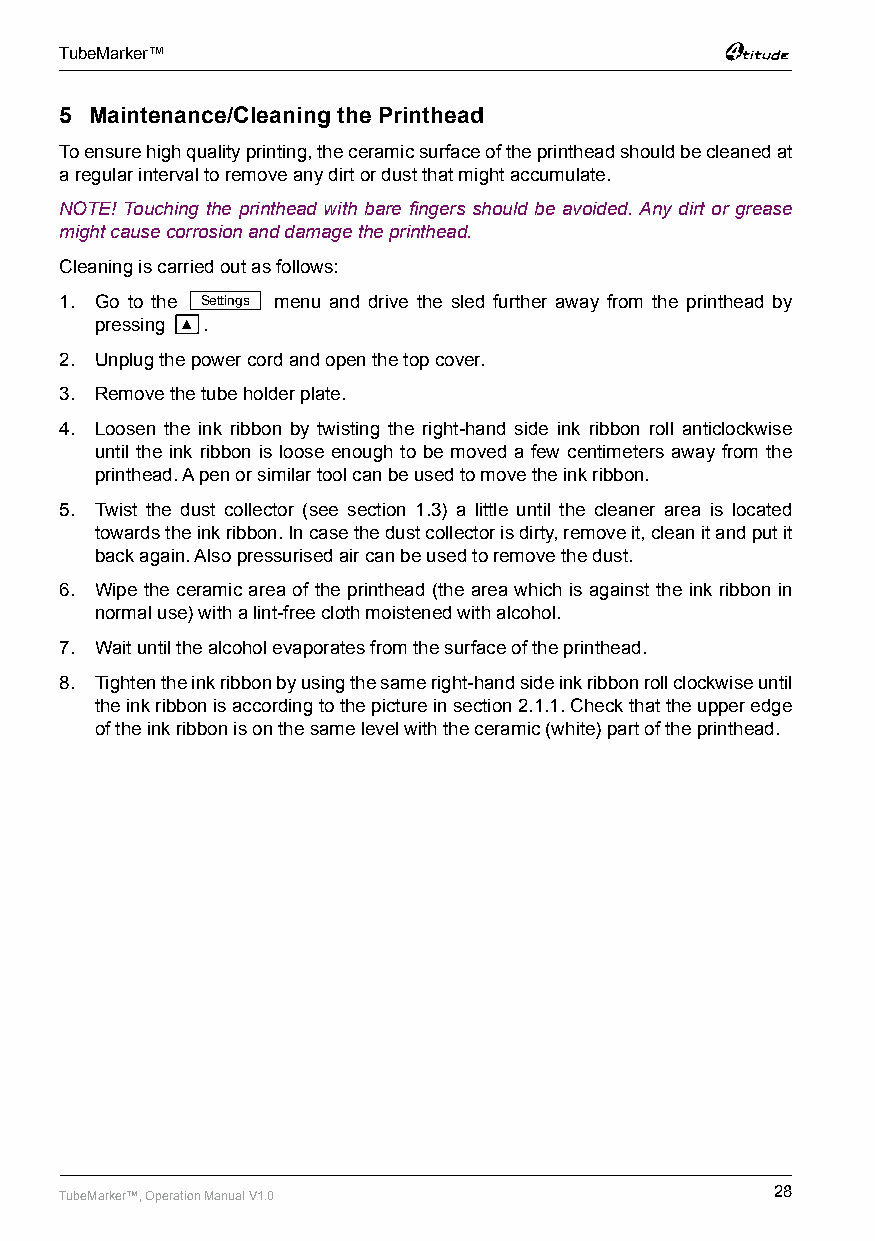
TubeMarker™
 5 Maintenance/Cleaning the Printhead
 To ensure high quality printing, the ceramic surface of the printhead should be cleaned at
 a regular interval to remove any dirt or dust that might accumulate.
 NOTE! Touching the printhead with bare fingers should be avoided. Any dirt or grease
 might cause corrosion and damage the printhead.
 Cleaning is carried out as follows:
 1. Go to the Settings menu and drive the sled further away from the printhead by
 pressing ▲ .
 2. Unplug the power cord and open the top cover.
 3. Remove the tube holder plate.
 4. Loosen the ink ribbon by twisting the right-hand side ink ribbon roll anticlockwise
 until the ink ribbon is loose enough to be moved a few centimeters away from the
 printhead. A pen or similar tool can be used to move the ink ribbon.
 5. Twist the dust collector (see section 1.3) a little until the cleaner area is located
 towards the ink ribbon. In case the dust collector is dirty, remove it, clean it and put it
 back again. Also pressurised air can be used to remove the dust.
 6. Wipe the ceramic area of the printhead (the area which is against the ink ribbon in
 normal use) with a lint-free cloth moistened with alcohol.
 7. Wait until the alcohol evaporates from the surface of the printhead.
 8. Tighten the ink ribbon by using the same right-hand side ink ribbon roll clockwise until
 the ink ribbon is according to the picture in section 2.1.1. Check that the upper edge
 of the ink ribbon is on the same level with the ceramic (white) part of the printhead.
 TubeMarker™, Operation Manual V1.0             28